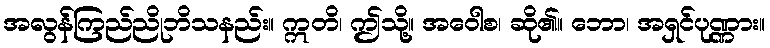
အလွန်ကြည်ညိုဘိသနည်း။ ဣတိ၊ ဤသို့။ အဝေါစ၊ ဆို၏။ ဘော၊ အရှင်ပုဏ္ဏား။